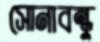
সোনাবন্ধু